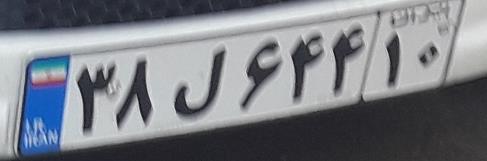
۳۷ل۶۴۴۱۰